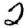
Digit: 2